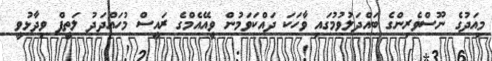
މިއަދުގެ ނޫސްވެރިންގެ ބައްދަލުވުމުގައި ވާހަކަ ދައްކަވަމުން ވީއޭއެމްގެ ރައީސް މުހައްދަދު ލަތީފް ވިދާޅުވީ